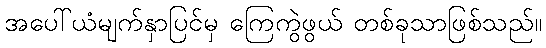
အပေါ်ယံမျက်နှာပြင်မှ ကြေကွဲဖွယ် တစ်ခုသာဖြစ်သည်။